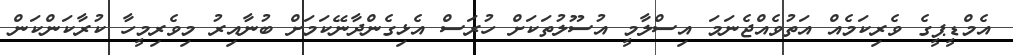
އެމްޑީޕީގެ ވެރިކަމެއް އަތުވެއްޖެނަމަ އިސްލާމީ އުސޫލުތަކަށް ހުރަސް އެޅިގެންދާނޭކަމަށް ބުނާއިރުު މިވެރިމީހާ ކުރާކަންކަން